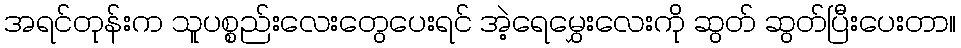
အရင်တုန်းက သူပစ္စည်းလေးတွေပေးရင် အဲ့ရေမွှေးလေးကို ဆွတ် ဆွတ်ပြီးပေးတာ။